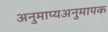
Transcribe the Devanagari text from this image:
अनुमाप्यअनुमापक